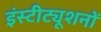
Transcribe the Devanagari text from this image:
इंस्टीट्यूशनों